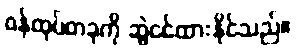
ဝန်ထုပ်တခုကို ဆွဲငင်ထားနိုင်သည်။